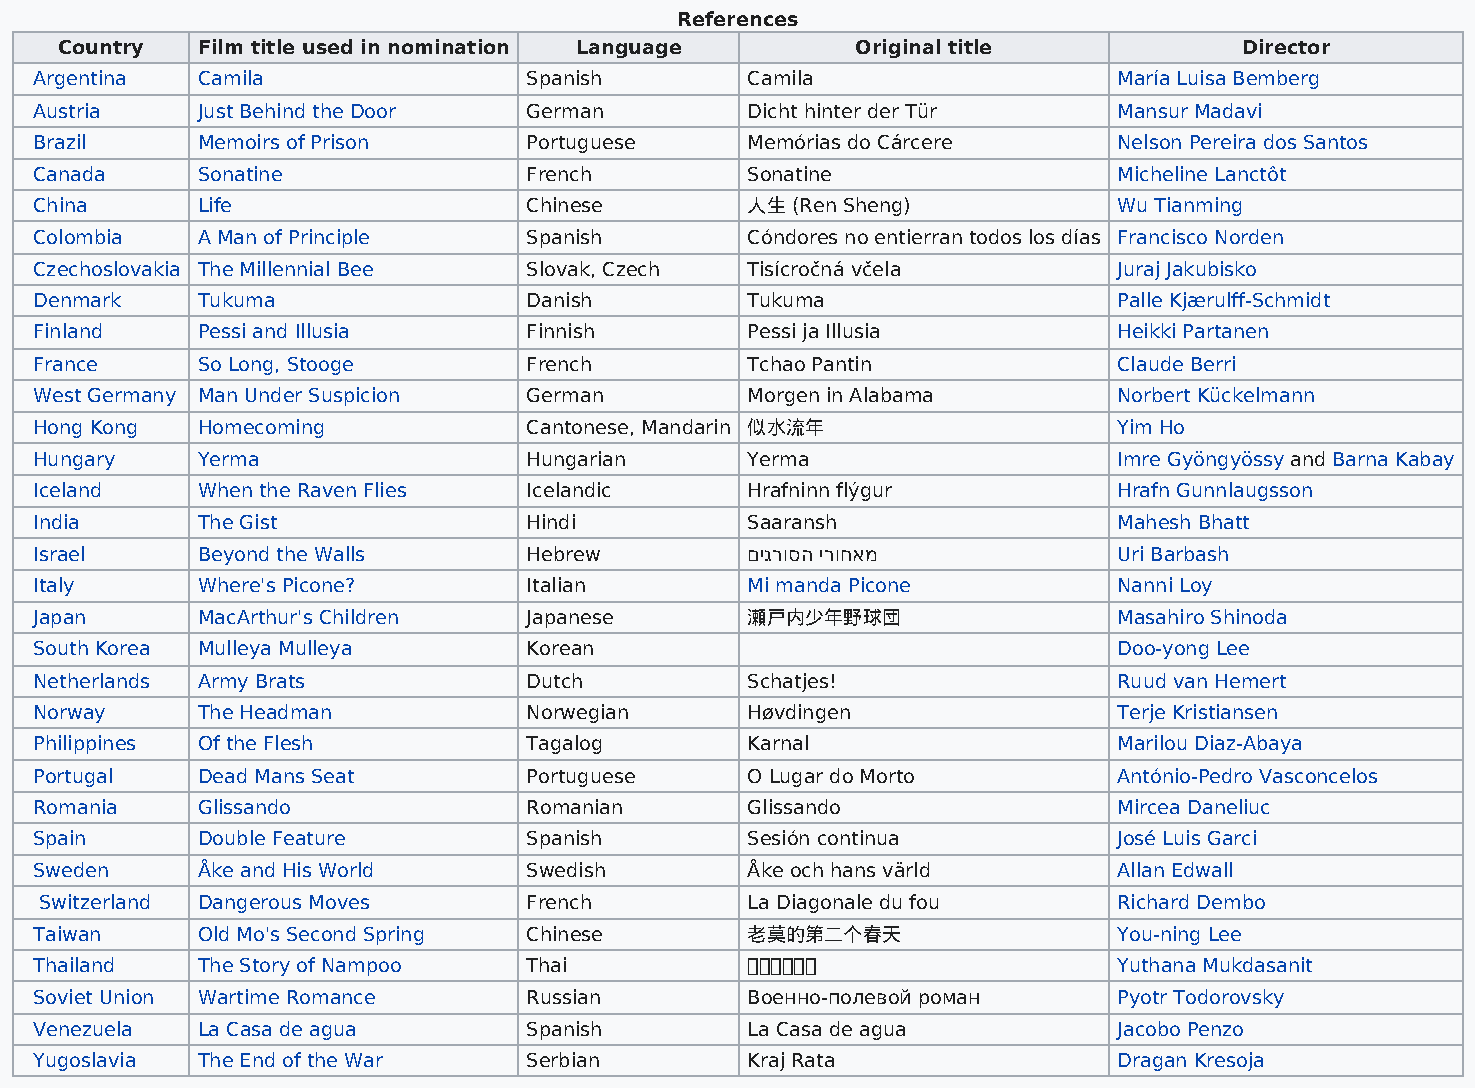
References
 Country  Film title used in nomination Language      Original title           Director
 Argentina  Camila                Spanish       Camila                   María Luisa Bemberg
 Austria    Just Behind the Door  German        Dicht hinter der Tür     Mansur Madavi
 Brazil     Memoirs of Prison     Portuguese    Memórias do Cárcere      Nelson Pereira dos Santos
 Canada     Sonatine              French        Sonatine                 Micheline Lanctôt
 China      Life                  Chinese       人生 (Ren Sheng)           Wu Tianming
 Colombia   A Man of Principle    Spanish       Cóndores no entierran todos los días Francisco Norden
 Czechoslovakia The Millennial Bee Slovak, Czech Tisícročná včela        Juraj Jakubisko
 Denmark    Tukuma                Danish        Tukuma                   Palle Kjærulff-Schmidt
 Finland    Pessi and Illusia     Finnish       Pessi ja Illusia         Heikki Partanen
 France     So Long, Stooge       French        Tchao Pantin             Claude Berri
 West Germany Man Under Suspicion German        Morgen in Alabama        Norbert Kückelmann
 Hong Kong  Homecoming            Cantonese, Mandarin 似水流年               Yim Ho
 Hungary    Yerma                 Hungarian     Yerma                    Imre Gyöngyössy and Barna Kabay
 Iceland    When the Raven Flies  Icelandic     Hrafninn flýgur          Hrafn Gunnlaugsson
 India      The Gist              Hindi         Saaransh                 Mahesh Bhatt
 Israel     Beyond the Walls      Hebrew        םיגרוסה ירוחאמ           Uri Barbash
 Italy      Where's Picone?       Italian       Mi manda Picone          Nanni Loy
 Japan      MacArthur's Children  Japanese      瀬戸内少年野球団                 Masahiro Shinoda
 South Korea Mulleya Mulleya      Korean                                 Doo-yong Lee
 Netherlands Army Brats           Dutch         Schatjes!                Ruud van Hemert
 Norway     The Headman           Norwegian     Høvdingen                Terje Kristiansen
 Philippines Of the Flesh         Tagalog       Karnal                   Marilou Diaz-Abaya
 Portugal   Dead Mans Seat        Portuguese    O Lugar do Morto         António-Pedro Vasconcelos
 Romania    Glissando             Romanian      Glissando                Mircea Daneliuc
 Spain      Double Feature        Spanish       Sesión continua          José Luis Garci
 Sweden     Åke and His World     Swedish       Åke och hans värld       Allan Edwall
 Switzerland Dangerous Moves     French        La Diagonale du fou      Richard Dembo
 Taiwan     Old Mo's Second Spring Chinese      老莫的第二个春天                 You-ning Lee
 Thailand   The Story of Nampoo   Thai                             Yuthana Mukdasanit
 Soviet Union Wartime Romance     Russian       Военно-полевой роман     Pyotr Todorovsky
 Venezuela  La Casa de agua       Spanish       La Casa de agua          Jacobo Penzo
 Yugoslavia The End of the War    Serbian       Kraj Rata                Dragan Kresoja